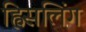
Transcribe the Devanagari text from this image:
ह्विसलिंग